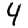
Digit: 4